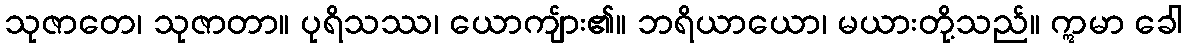
သုဇာတေ၊ သုဇာတာ။ ပုရိသဿ၊ ယောကျ်ား၏။ ဘရိယာယော၊ မယားတို့သည်။ ဣမာ ခေါ